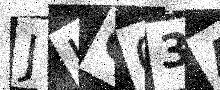
Text: JHG03A